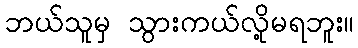
ဘယ်သူမှ သွားကယ်လို့မရဘူး။